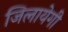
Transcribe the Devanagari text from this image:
जिलायेगी